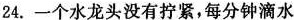
24.一个水龙头没有拧紧，每分钟滴水